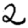
Digit: 2